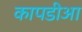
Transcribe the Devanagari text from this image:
कापडीआ